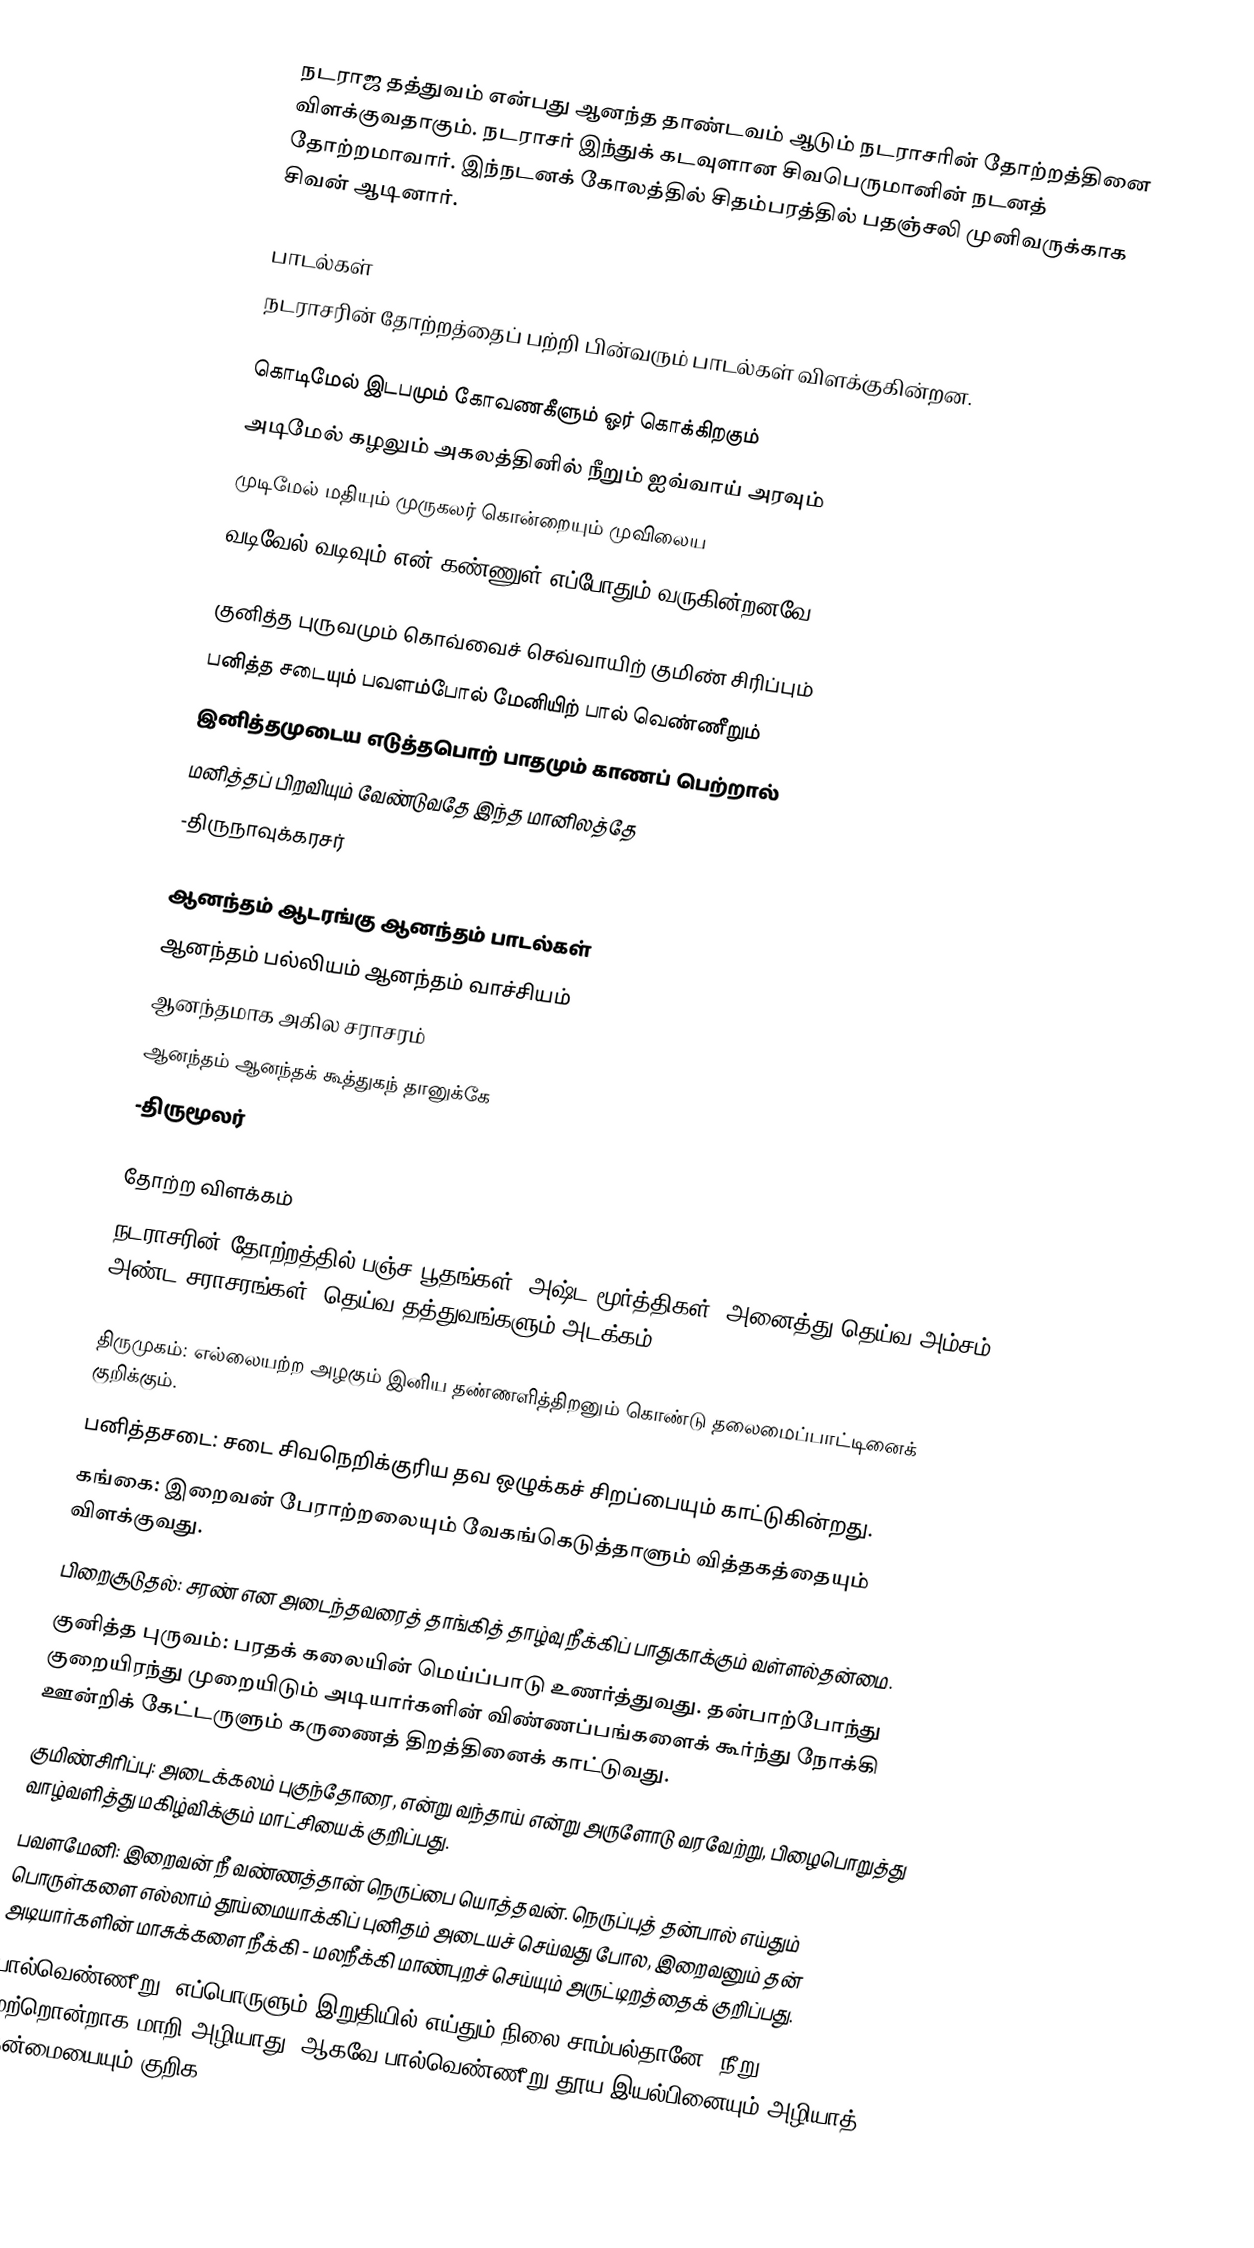
நடராஜ தத்துவம் என்பது ஆனந்த தாண்டவம் ஆடும் நடராசரின் தோற்றத்தினை விளக்குவதாகும். நடராசர் இந்துக் கடவுளான சிவபெருமானின் நடனத் தோற்றமாவார். இந்நடனக் கோலத்தில் சிதம்பரத்தில் பதஞ்சலி முனிவருக்காக சிவன் ஆடினார்.

பாடல்கள்
நடராசரின் தோற்றத்தைப் பற்றி பின்வரும் பாடல்கள் விளக்குகின்றன.

கொடிமேல் இடபமும் கோவணகீளும் ஓர் கொக்கிறகும்
அடிமேல் கழலும் அகலத்தினில் நீறும் ஐவ்வாய் அரவும்
முடிமேல் மதியும் முருகலர் கொன்றையும் முவிலைய
வடிவேல் வடிவும் என் கண்ணுள் எப்போதும் வருகின்றனவே!

குனித்த புருவமும் கொவ்வைச் செவ்வாயிற் குமிண் சிரிப்பும்
பனித்த சடையும் பவளம்போல் மேனியிற் பால் வெண்ணீறும்
இனித்தமுடைய எடுத்தபொற் பாதமும் காணப் பெற்றால்
மனித்தப் பிறவியும் வேண்டுவதே இந்த மானிலத்தே
-திருநாவுக்கரசர்

ஆனந்தம் ஆடரங்கு ஆனந்தம் பாடல்கள்
ஆனந்தம் பல்லியம் ஆனந்தம் வாச்சியம்
ஆனந்தமாக அகில சராசரம்
ஆனந்தம் ஆனந்தக் கூத்துகந் தானுக்கே
-திருமூலர்

தோற்ற விளக்கம்
நடராசரின் தோற்றத்தில் பஞ்ச பூதங்கள், அஷ்ட மூர்த்திகள், அனைத்து தெய்வ அம்சம் அண்ட சராசரங்கள், தெய்வ தத்துவங்களும் அடக்கம்.

திருமுகம்: எல்லையற்ற அழகும் இனிய தண்ணளித்திறனும் கொண்டு தலைமைப்பாட்டினைக் குறிக்கும்.
பனித்தசடை: சடை சிவநெறிக்குரிய தவ ஒழுக்கச் சிறப்பையும் காட்டுகின்றது.
கங்கை: இறைவன் பேராற்றலையும் வேகங்கெடுத்தாளும் வித்தகத்தையும் விளக்குவது.
பிறைசூடுதல்:  சரண் என அடைந்தவரைத் தாங்கித் தாழ்வு நீக்கிப் பாதுகாக்கும் வள்ளல்தன்மை.
குனித்த புருவம்: பரதக் கலையின் மெய்ப்பாடு உணர்த்துவது.  தன்பாற்போந்து குறையிரந்து முறையிடும் அடியார்களின் விண்ணப்பங்களைக் கூர்ந்து நோக்கி ஊன்றிக் கேட்டருளும் கருணைத் திறத்தினைக் காட்டுவது.
குமிண்சிரிப்பு: அடைக்கலம் புகுந்தோரை, என்று வந்தாய் என்று அருளோடு வரவேற்று, பிழைபொறுத்து வாழ்வளித்து மகிழ்விக்கும் மாட்சியைக் குறிப்பது.
பவளமேனி: இறைவன் நீ வண்ணத்தான் நெருப்பை யொத்தவன். நெருப்புத் தன்பால் எய்தும் பொருள்களை எல்லாம் தூய்மையாக்கிப் புனிதம் அடையச் செய்வது போல, இறைவனும் தன் அடியார்களின் மாசுக்களை நீக்கி - மலநீக்கி மாண்புறச் செய்யும் அருட்டிறத்தைக் குறிப்பது.
பால்வெண்ணீறு: எப்பொருளும் இறுதியில் எய்தும் நிலை சாம்பல்தானே! நீறு மற்றொன்றாக மாறி அழியாது. ஆகவே பால்வெண்ணீறு தூய இயல்பினையும் அழியாத் தன்மையையும் குறிக